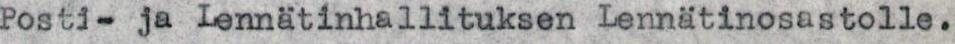
Posti-ja Lennätinhallituksen Lennätinosastolle.